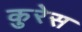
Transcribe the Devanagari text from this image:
कुरेस